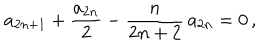
a _ { 2 n + 1 } + \frac { a _ { 2 n } } { 2 } - \frac { n } { 2 n + 2 } \, a _ { 2 n } = 0 \, ,